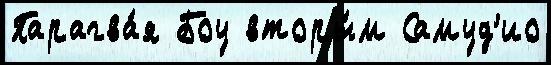
Парагва́я Боу вторы́м Самуд'ио